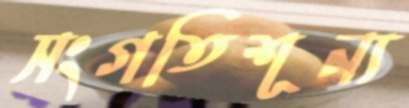
সংগতিশূন্য